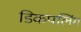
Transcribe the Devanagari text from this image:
डिकपलिंग